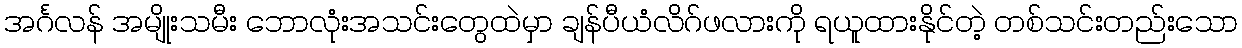
အင်္ဂလန် အမျိုးသမီး ဘောလုံးအသင်းတွေထဲမှာ ချန်ပီယံလိဂ်ဖလားကို ရယူထားနိုင်တဲ့ တစ်သင်းတည်းသော